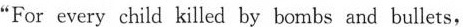
“For every child killed by bombs and bullets,